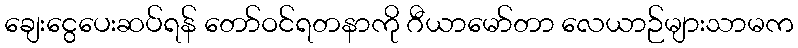
ချေးငွေပေးဆပ်ရန် တော်ဝင်ရတနာကို ဂီယာမော်တာ လေယာဉ်များသာမက